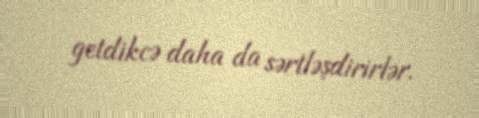
getdikcə daha da sərtləşdirirlər.